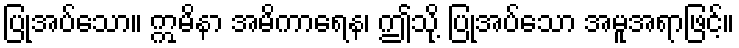
ပြုအပ်သော။ ဣမိနာ အမိကာရေန၊ ဤသို့ ပြုအပ်သော အမူအရာဖြင့်။